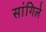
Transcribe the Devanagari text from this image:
सांगिले